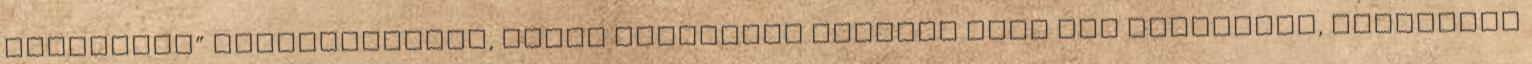
populista” városvezetést, amire véleménye szerint csak egy független, értékelvű